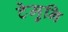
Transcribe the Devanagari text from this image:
टेमुनि